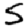
Digit: 5